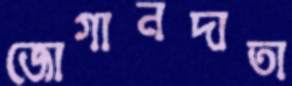
জোগানদাতা